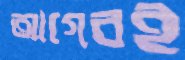
আগেরই